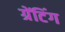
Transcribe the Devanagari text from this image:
ग्रेंटिंग